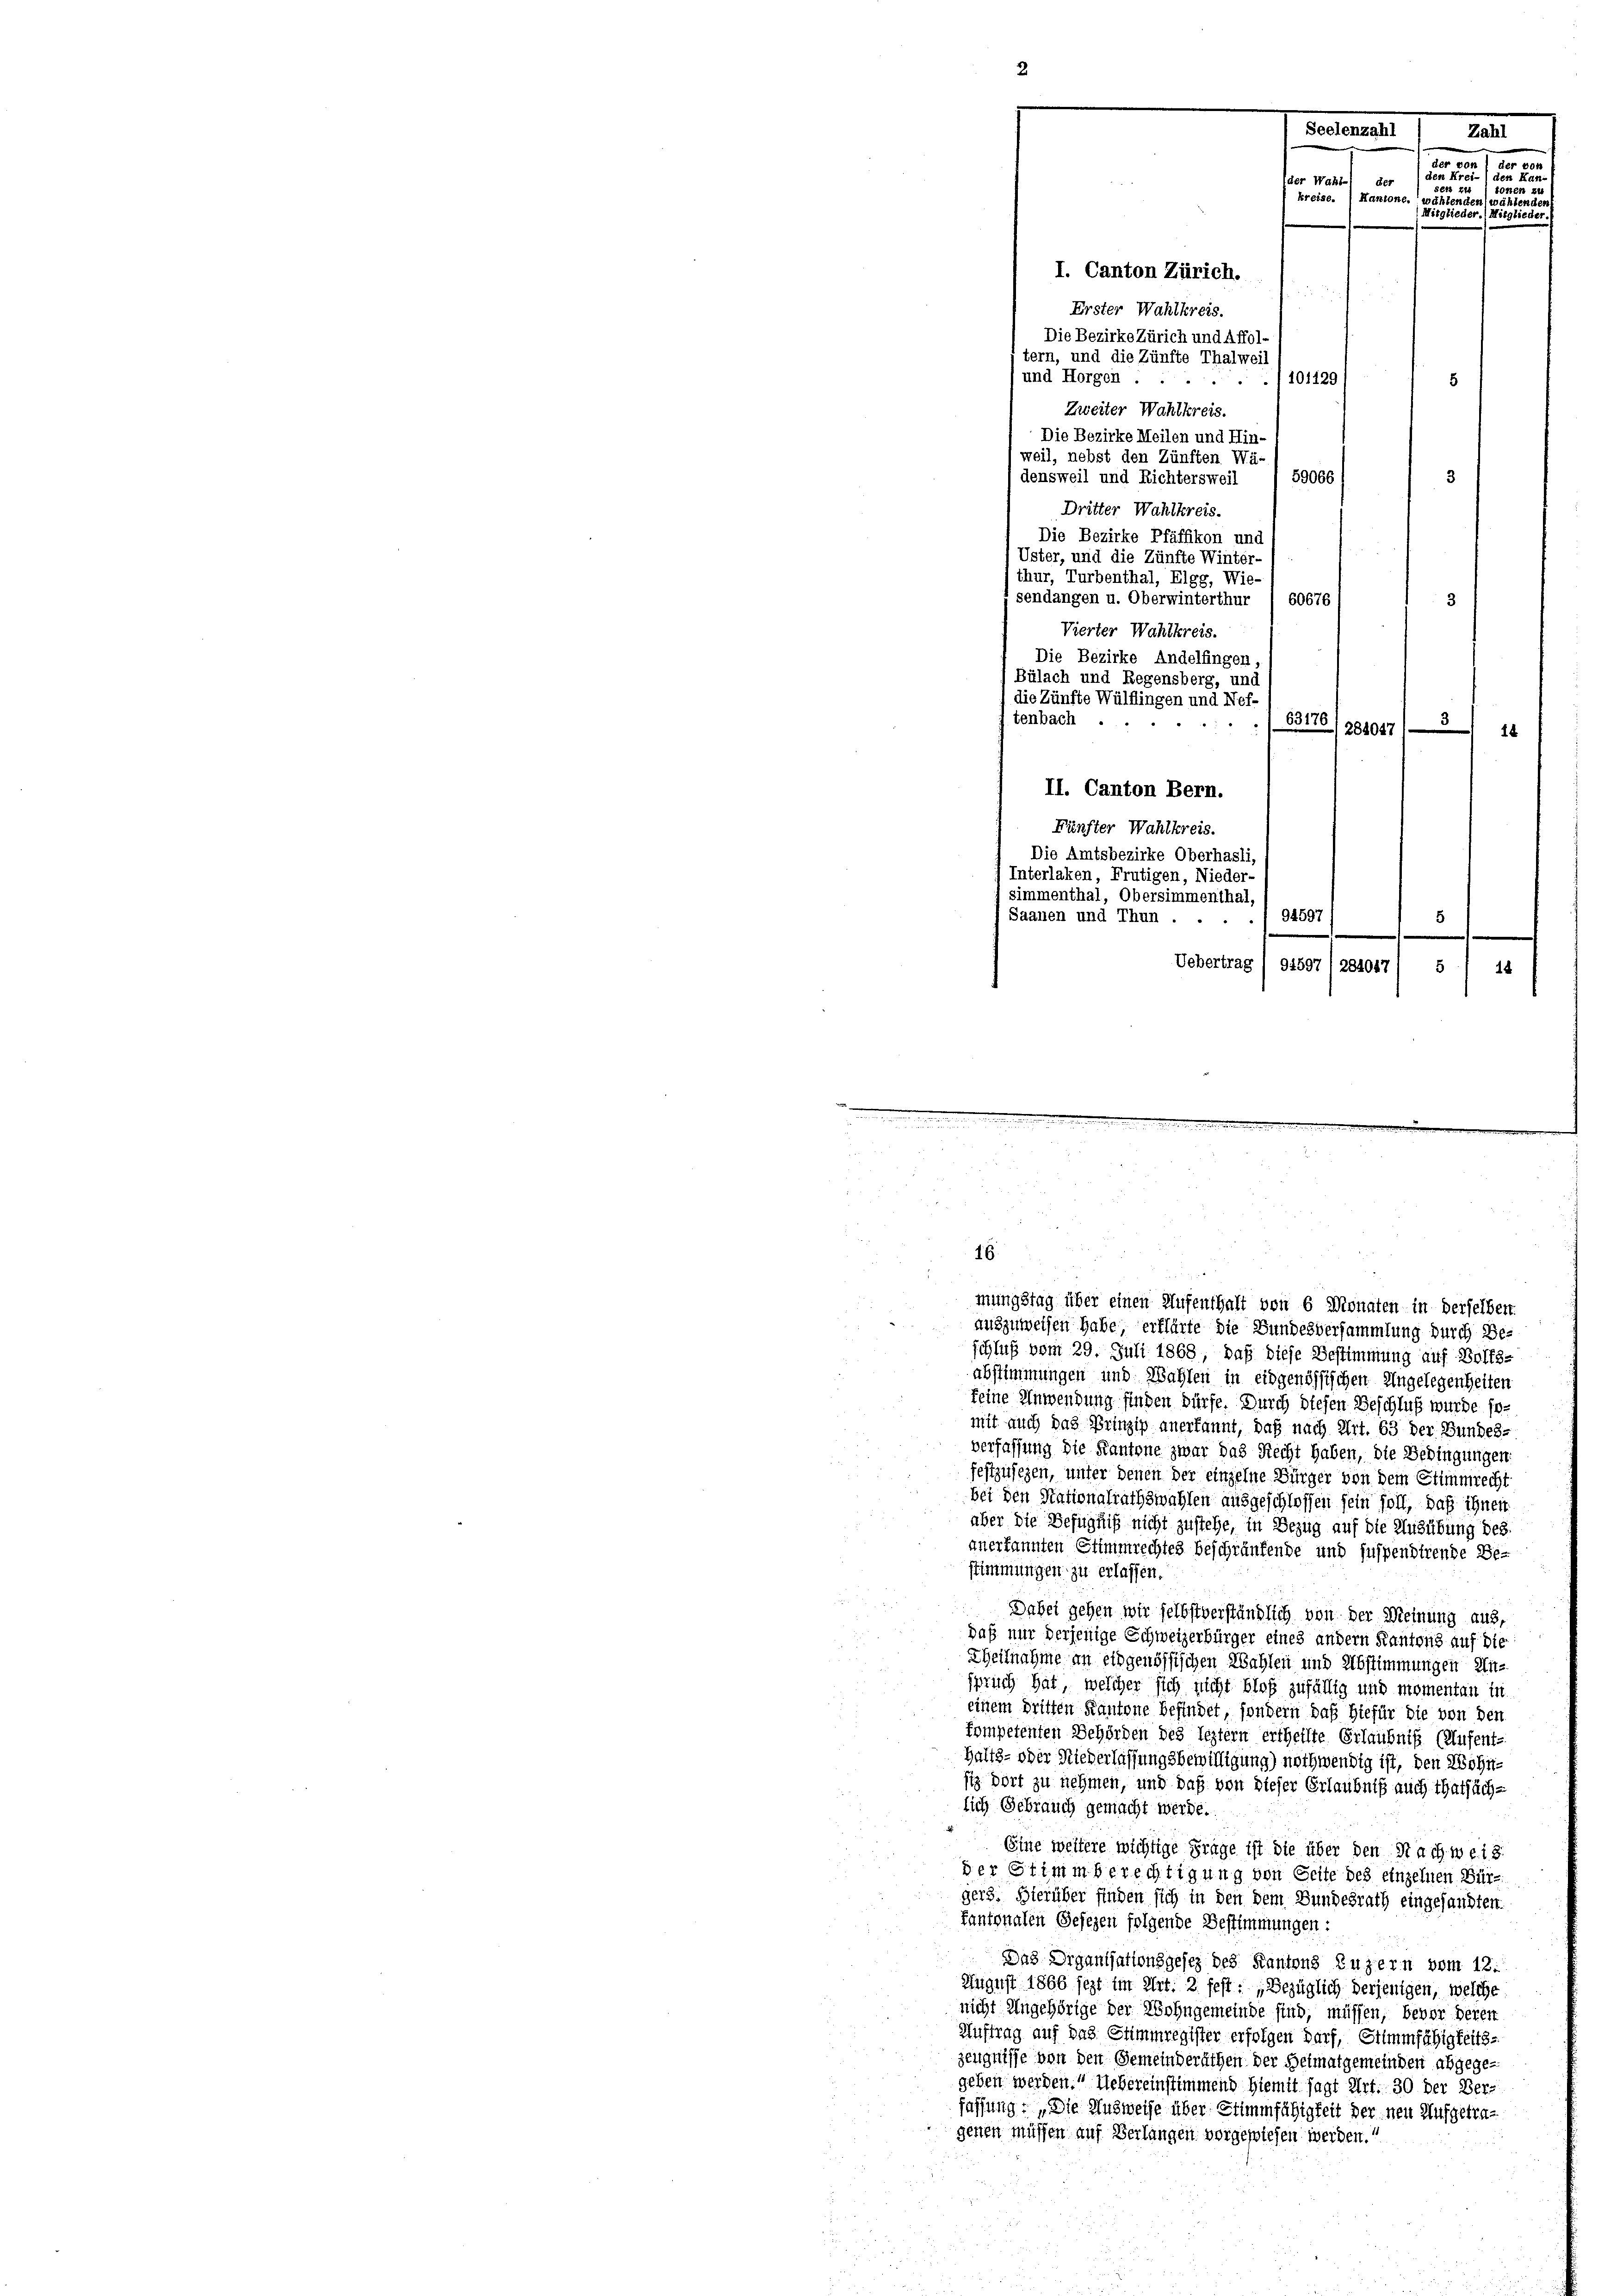
I. Canton Zürich.
Erster Wahlkreis.
Die Bezirke Zürich und Affol-
tern, und die Zünfte Thalweil
und Horgen
/101429
Zweiter Wahlkreis.
Die Bezirke Meilen und Hin-
weil, nebst den Zünften Wä¬
59066
densweil und Richtersweil
Dritter Wahlkreis.
Die Bezirke Pfäffikon und
Uster, und die Zünfte Winter-
thur, Turbenthal, Elgg, Wie-
sendangen u. Oberwinterthur ( 60676
Vierter Wahlkreis.
Die Bezirke Andelfingen
Bülach und Regensberg, und
die Zünfte Wülflingen und Neftenbach
.
63176/281017 1—5) 14
II. Canton Bern.
Fünfter Wahlkreis.
Die Amtsbezirke Oberhasli,
Interlaken, Frutigen, Nieder-
simmenthal, Obersimmenthal
Saanen und Thun.
94597
5
Uebertrag / 91597 (284047/ 5/ 14

16.

Seelenzahl
Zahl
der
ae an
en Krei- ) den Kan-
der Wahl der
tonen
kreise. Kantone, währen
ena
Mitglieder. Mitglie-

mungstag über einen Aufenthalt von 6 Monaten in derselben.
auszuweisen habe, erklärte die Bundesversammlung durch Be-
schluß vom 29. Juli 1868, daß diese Bestimmung auf Wolfs-
abstimmungen und Wahlen in eidgenössischen Angelegenheiten
keine Anwendung finden dürfe. Durch diesen Beschluß wurde somit auch das Prinzip anerkannt, daß nach Art. 63 der Bundes-
verfassung die Kantone zwar das Recht haben, die Bedingungen
festzusezen, unter denen der einzelne Bürger von dem Stimmrecht
bei den Stationalrathswahlen ausgeschlossen sein soll, daß ihnen
aber die Befugniß nicht zustehe, in Bezug auf die Ausübung des
anerkannten Stimmrechtes beschränkende und suspendirende Be-
stimmungen zu erlassen.
Dabei gehen wir selbstverständlich von der Meinung aus,
daß nur derjenige Schweizerbürger eines andern Kantons auf die
Theilnahme an eingenössischen Wahlen und Abstimmungen Einsprich hat, welcher sich nicht bloß zufällig und momentan in
einem Dritten Kantone befindet, sondern daß hiefür die von den
kompetenten Behörden des leztern ertheilte Erlaubniß (Aufent-
Halts- oder Niederlassungsbewilligung) nothwendig ist, den Wohn-
siz Dort zu nehmen, und daß von dieser Erlaubniß auch thatsächlich Gebrauch gemacht werde.
Eine weitere wichtige Frage ist die über den Nachweiz.
der Stimmberechtigung von Seite des einzelnen Bürgers. Hierüber finden sich in den dem Bundesrath eingesandten.
kantonalen Gefezen folgende Bestimmungen:
Das Organisationsgesez des Kantons Luzern vom 12.
August 1866 sezt im Art. 2 fest: „Bezüglich derjenigen, welche
nicht Angehörige der Wohngemeinde sind, müssen, bevor deren
Auftrag auf das Stimmregister erfolgen darf, Stimmfähigkeits-
zeugnisse von den Gemeinderäthen der Heimatgemeinden abgegegeben werden. Uebereinstimmend hiemit sagt Art. 30 der Ber-
fassung : „Die Ausweise über Stimmfähigkeit der neu Ausgetragenen müssen auf Verlangen vorgewiesen werden.